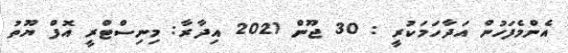
އެންމެފަހުން އަދާހަމަކުރީ : 30 ޖޫން 2021 އިދާރާ: މިނިސްޓްރީ އޮފް ޔޫތު